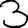
Digit: 3